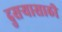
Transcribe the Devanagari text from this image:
दुसऱ्यासाठी